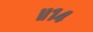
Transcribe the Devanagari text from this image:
॥१४